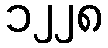
၁၂၂၈